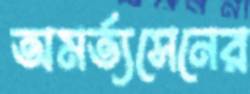
অমর্ত্যসেনের